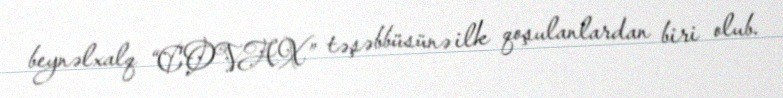
beynəlxalq “COVAX” təşəbbüsünə ilk qoşulanlardan biri olub.